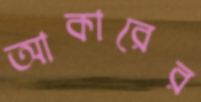
আকারের